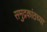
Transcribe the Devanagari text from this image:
समुद्रकांठच्या